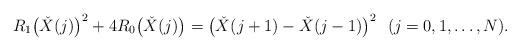
LaTeX: \begin{align*} R_1\bigl(\check{X}(j)\bigr)^2+4R_0\bigl(\check{X}(j)\bigr) =\bigl(\check{X}(j+1)-\check{X}(j-1)\bigr)^2 \ \ (j=0,1,\ldots,N). \end{align*}